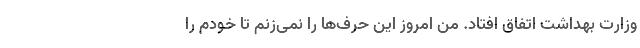
وزارت بهداشت اتفاق افتاد. من امروز این حرف‌ها را نمی‌زنم تا خودم را